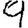
Digit: 9